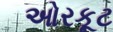
ઓરકૂટ